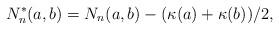
LaTeX: \begin{align*}N_n^{*}(a,b)=N_n(a,b)-(\kappa(a)+\kappa(b))/2,\end{align*}